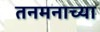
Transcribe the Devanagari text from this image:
तनमनाच्या